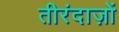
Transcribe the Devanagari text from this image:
तीरंदाज़ों